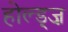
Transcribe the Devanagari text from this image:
होल्ड्ज़